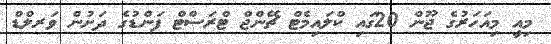
މިއީ މިއަހަރުގެ ޖޫން 20ގައި ކްލައިމެޓް ޗޭންޖް ޓްރަސްޓް ފަންޑުގެ ދަށުން ވަރލްޑް